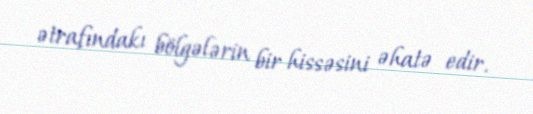
ətrafındakı bölgələrin bir hissəsini əhatə edir.